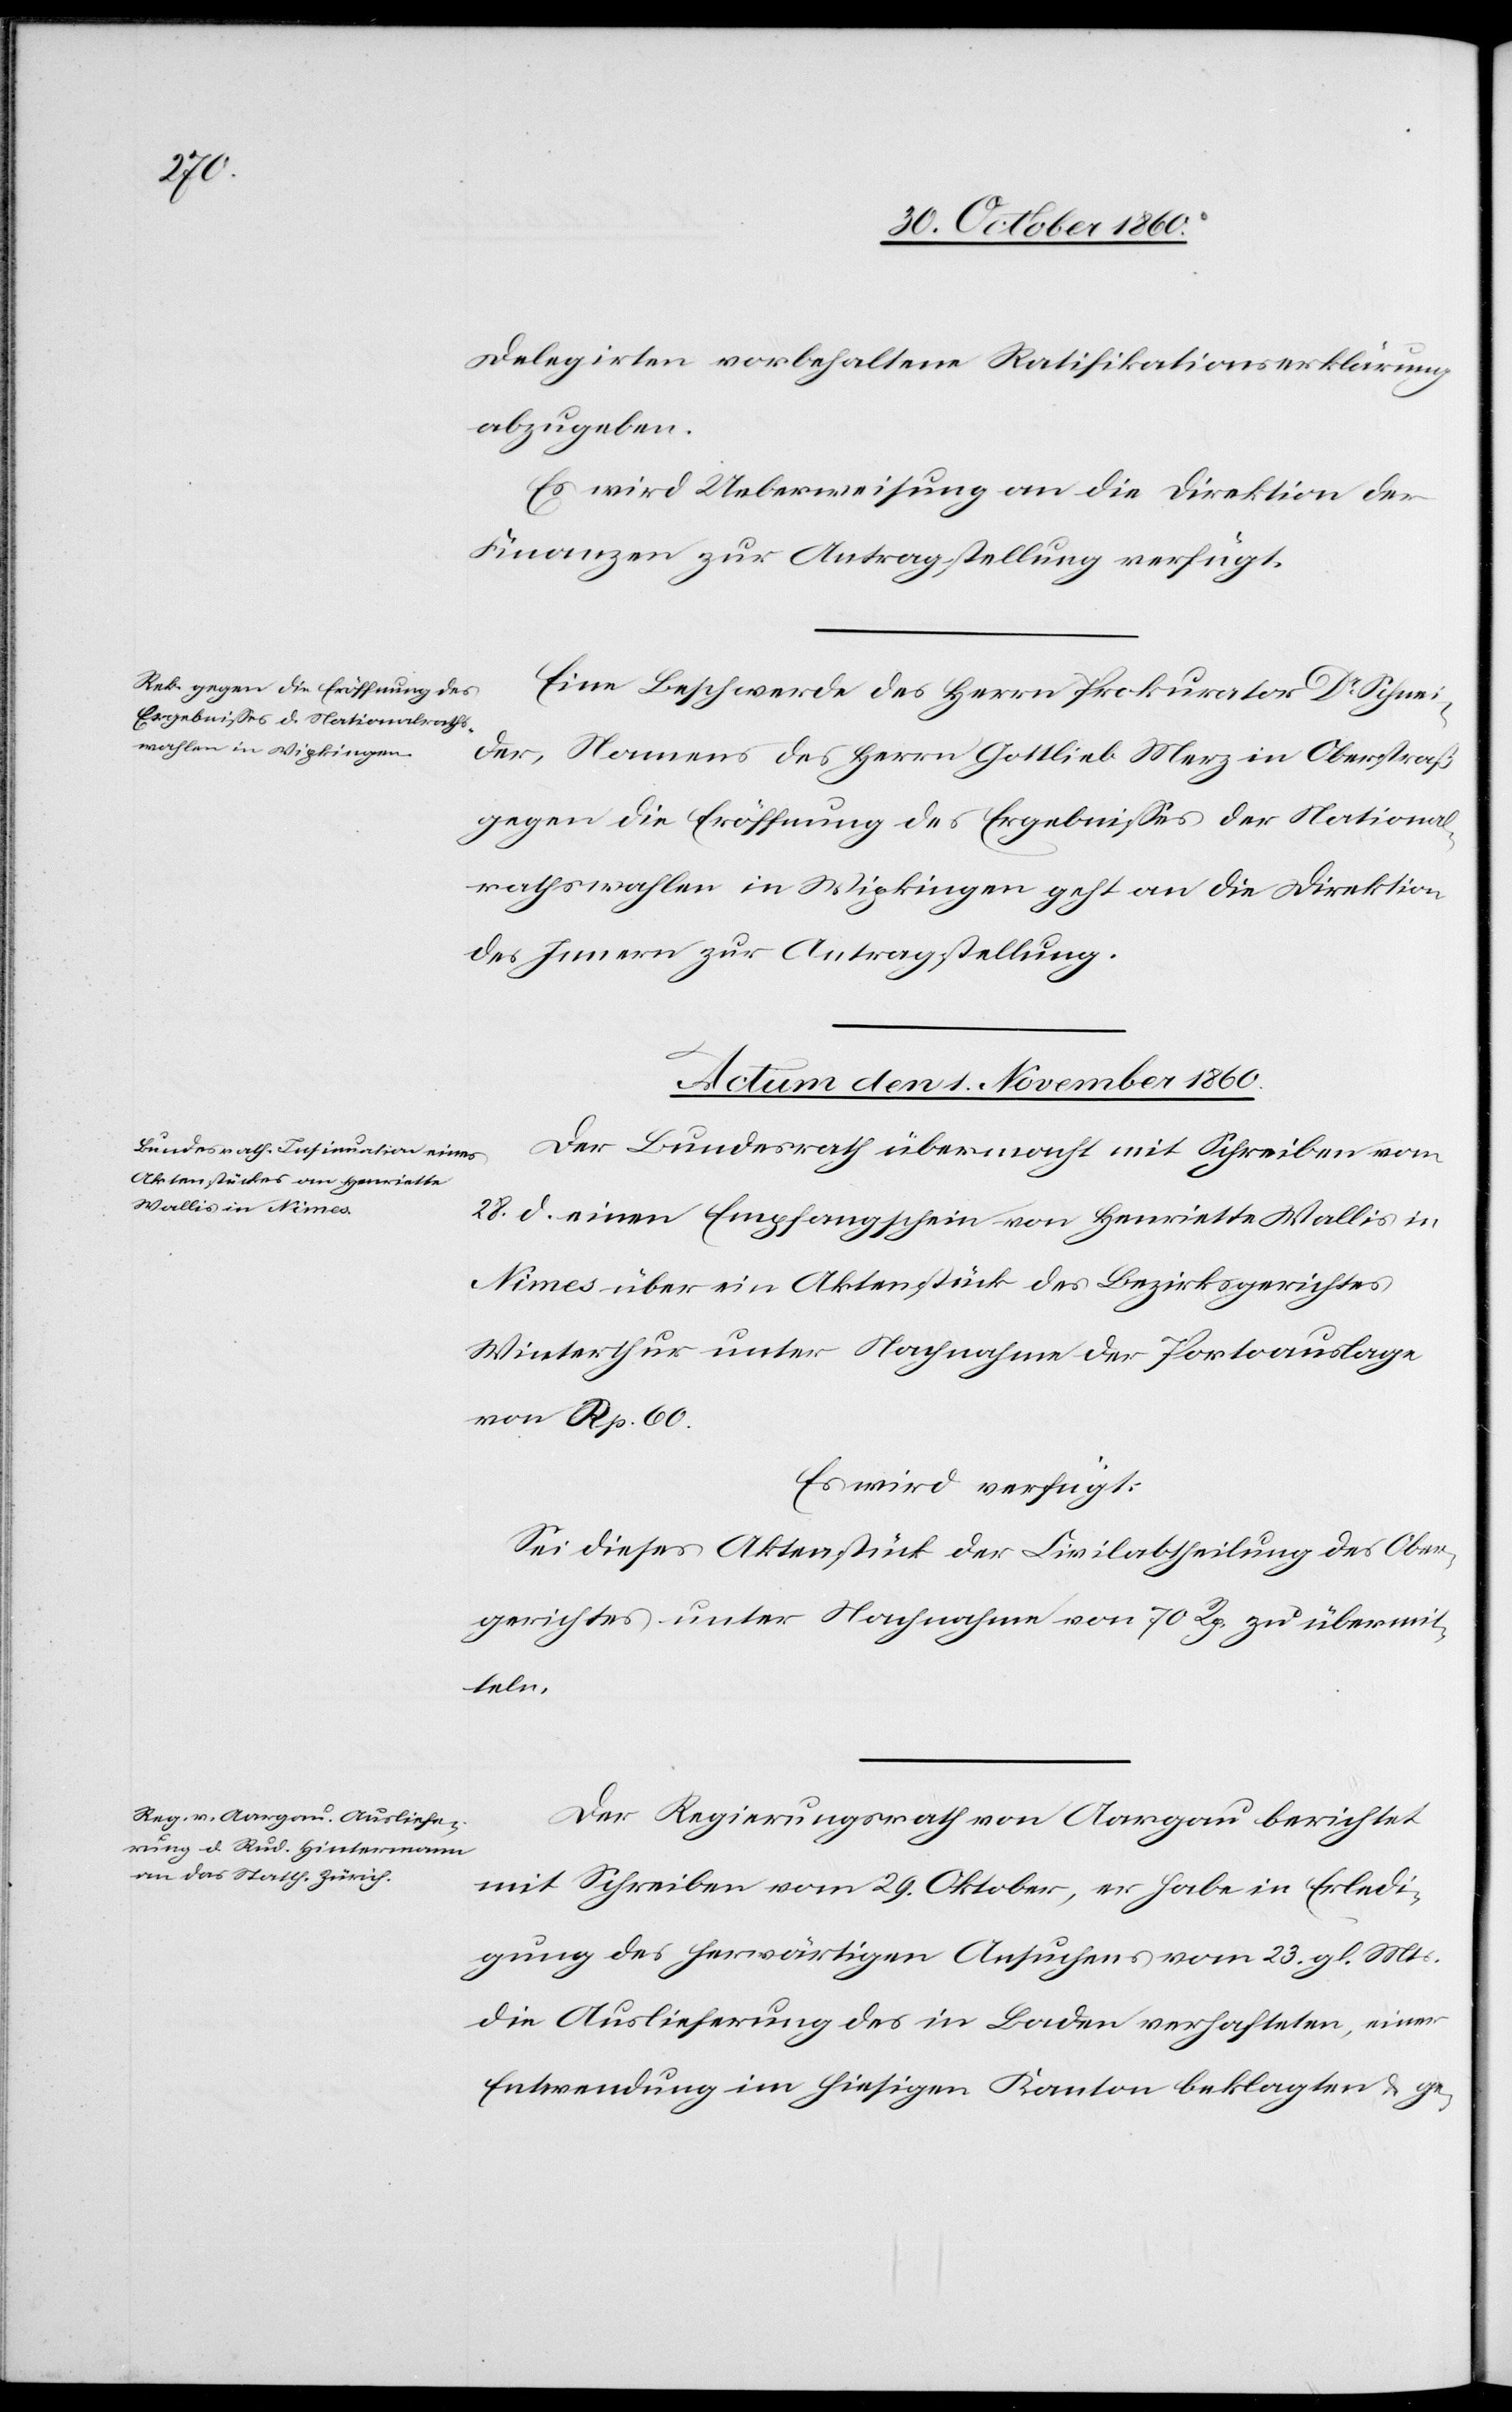
Delegirten vorbehaltene Ratifikationserklärung
abzugeben.
Es wird Ueberweisung an die Direktion der
Finanzen zur Antragstellung verfügt.
Eine Beschwerde des Herrn Prokurator Dr Schnei¬
der, Namens des Herrn Gottlieb Metz in Oberstraß
gegen die Eröffnung des Ergebnisses der National¬
rathswahlen in Wipkingen geht an die Direktion
des Innern zur Antragstellung.
Actum den 1. November 1860.]
Der Bundesrath übermacht mit Schreiben vom
28. d. einen Empfangschein von Henriette Wallis in
Nimes über ein Aktenstück des Bezirksgerichtes
Winterthur unter Nachnahme der Portoauslagen
von Rp. 60.
Es wird verfügt:
Sei dieses Aktenstück der Civilabtheilung des Ober¬
gerichtes unter Nachnahme von 70 Rp. zu übermit¬
teln.
Der Regierungsrath von Aargau berichtet
mit Schreiben vom 29. Oktober, er habe in Erledi¬
gung des herwärtigen Ansuchens vom 23. gl. Mts.
die Auslieferung des in Baden verhafteten, einer
Entwendung im hiesigen Kanton beklagten u. ge-